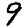
Digit: 9